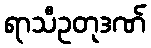
ရာသီဥတုဒဏ်